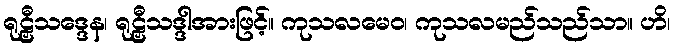
ရုဠှီသဒ္ဒေန၊ ရုဠှီသဒ္ဒါအားဖြင့်။ ကုသလမေဝ၊ ကုသလမည်သည်သာ။ ဟိ၊